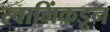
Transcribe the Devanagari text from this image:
स्वामिंकडून